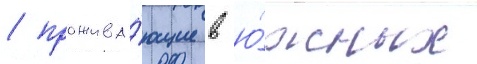
/ прожива́ющие в ю́жных